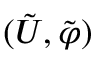
( \tilde { U } , \tilde { \varphi } )